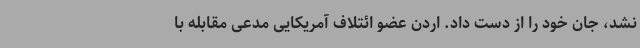
نشد، جان خود را از دست داد. اردن عضو ائتلاف آمریکایی مدعی مقابله با